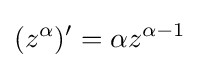
(z^{\alpha })'=\alpha z^{\alpha -1}